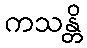
ကသန္တိ